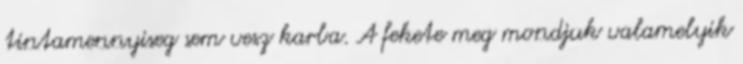
tintamennyiseg sem vesz karba. A fekete meg mondjuk valamelyik